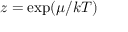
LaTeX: z = \exp ( \mu / k T )